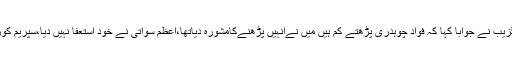
مریم اورنگزیب نے جوابا کہا کہ فواد چوہدری پڑھتے کم ہیں میں نےانہیں پڑھنےکامشورہ دیاتھا،اعظم سواتی نے خود استعفا نہیں دیا،سپریم کورٹ نے لیا۔